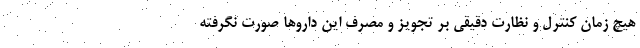
هیچ زمان کنترل و نظارت دقیقی بر تجویز و مصرف این داروها صورت نگرفته